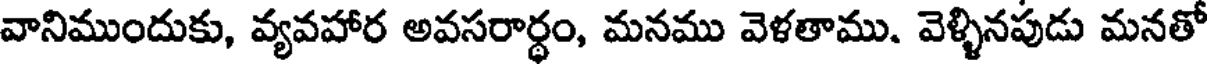
వానిముందుకు, వ్యవహార అవసరార్ధం, మనము వెళతాము. వెళ్ళినపుడు మనతో